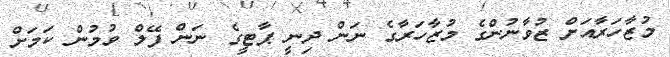
މުޒާހަރާއަށް ޒުވާނުންގެ މުޒާހަރާގެ ނަން ދިނީ ޕާޓީގެ ނަން ފޭލް ވުމުން ކަމަށް